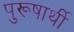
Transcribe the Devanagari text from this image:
पुरूषार्थी